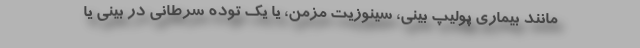
مانند بیماری پولیپ بینی، سینوزیت مزمن، یا یک توده سرطانی در بینی یا